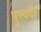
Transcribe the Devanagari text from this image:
पुण्यदा